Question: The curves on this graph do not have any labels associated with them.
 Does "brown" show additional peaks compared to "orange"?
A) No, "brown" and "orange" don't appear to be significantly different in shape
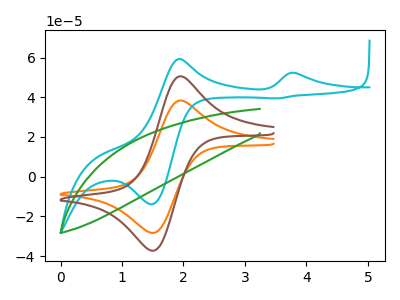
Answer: <think>The orange curve "orange" has an anodic peak at (1.95V, 38.35uA) and a cathodic peak at (1.50V, -28.30uA). The cyan curve "cyan" has anodic peaks at (3.80V, 52.25uA) (1.95V, 59.25uA) and cathodic peaks at (1.50V, -13.90uA) (3.50V, 39.40uA). The green curve "green" has no peaks. The brown curve "brown" has an anodic peak at (1.95V, 50.50uA) and a cathodic peak at (1.50V, -37.30uA).
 All the peaks in "brown" have a peak in "orange" at the same potential. Every peak in "brown" is higher than every peak in "orange".</think>
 <answer>A) No, "brown" and "orange" don't appear to be significantly different in shape</answer>
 <eval>A</eval>